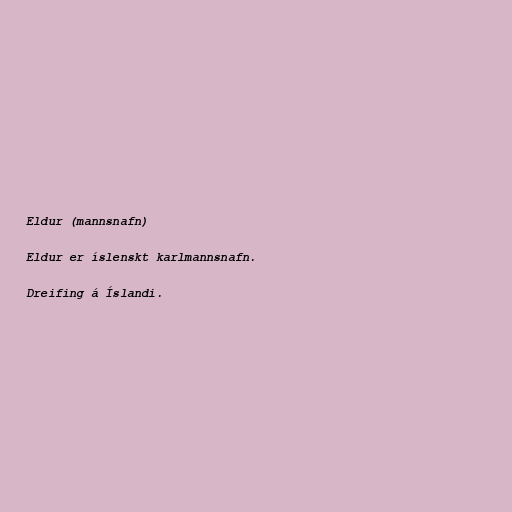
Eldur (mannsnafn)

Eldur er íslenskt karlmannsnafn.

Dreifing á Íslandi.